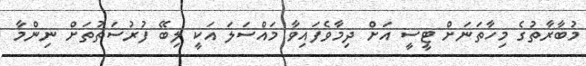
މުބާާރާތުގެ މިހާތަނަށް ޓީސީ އަށް ދިމާވެފައިވާ މައްސަަލަ އަކީ ލިބޭ ފުރުސަތުތަށް ނިންމާ